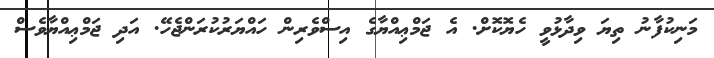
މަނިކުފާނު ތިޔަ ވިދާޅުވީ ހެޔޮކޮށް. އެ ޖަމްޢިއްޔާގެ އިސްވެރިން ހައްޔަރުކުރަންޖެހޭ. އަދި ޖަމްޢިއްޔާވެސް